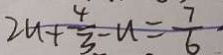
2 u + \frac { 4 } { 3 } - u = \frac { 7 } { 6 }